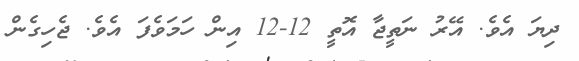
ދިޔަ އެވެ. އޭރު ނަތީޖާ އޮތީ 12-12 އިން ހަމަވެފަ އެވެ. ޖެހިގެން